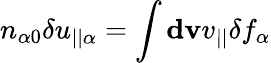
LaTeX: n_{\alpha 0}\delta u_{||\alpha}=\int\mathbf{dv}v_{||}\delta f_{\alpha}